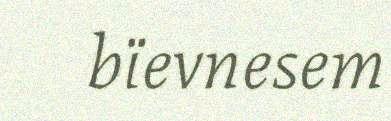
bïevnesem